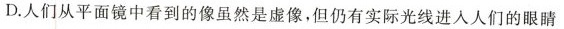
D.人们从平面镜中看到的像虽然是虚像，但仍有实际光线进入人们的眼睛